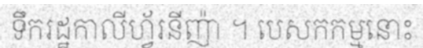
ទឹករដ្ឋកាលីហ្វ័រនីញ៉ា ។ បេសកកម្មនោះ